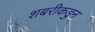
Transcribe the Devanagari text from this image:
शबरीकडुन